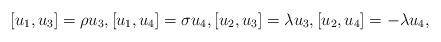
LaTeX: \begin{align*} [u_1,u_3]=\rho u_3, [u_1,u_4]=\sigma u_4, [u_2,u_3]=\lambda u_3, [u_2,u_4]=-\lambda u_4,\end{align*}